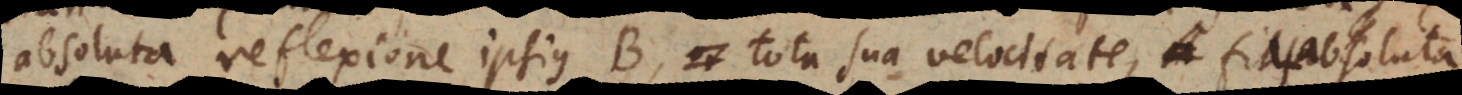
absoluta reflexione ipsius B, tota sua velocitate, fiat absoluta